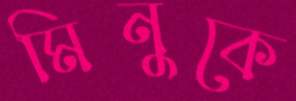
মিনুকে